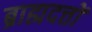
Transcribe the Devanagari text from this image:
ब्राह्मदत्तों